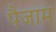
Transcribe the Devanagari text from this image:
पैजाम